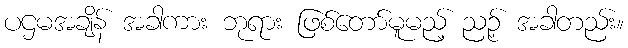
ပဌမအချိန် အခါကား ဘုရား ဖြစ်တော်မူမည့် ညဉ့် အခါတည်း။